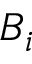
B _ { i }